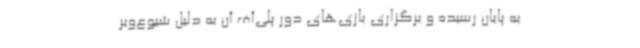
به پایان رسیده و برگزاری بازی‌های دور پلی‌آف‌ آن به دلیل شیوع‌ویر